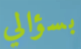
بسؤالي